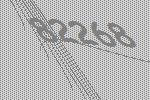
82268